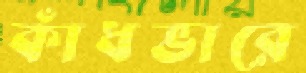
কাঁধভারে